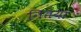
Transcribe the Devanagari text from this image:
नितया